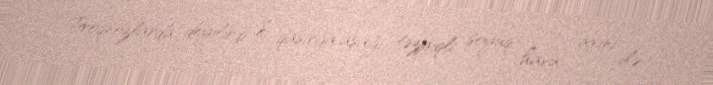
Proqnozlarda deyilirdi ki, qasırğa aşağı təzyiqli soyuq hava axını ilə